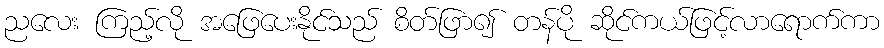
ညလေး ကြည့်လို အဖြေပေးနိုင်သည် စိတ်ဖြာ၍ တန်ပို ဆိုင်ကယ်ဖြင့်လာရောက်ကာ